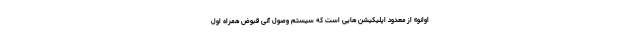
اوانو» از معدود اپلیکیشن هایی است که سیستم وصول آنی قبوض همراه اول